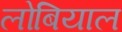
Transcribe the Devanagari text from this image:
लोबियाल